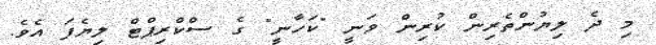
މި ދެ ލިޔުންތެރިން ކުރިން ވަނީ "ކަހާނީ" ގެ ސްކްރިޕްޓް ލިޔެފަ އެވެ.